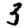
Digit: 3